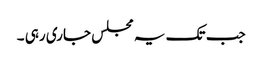
جب تک یہ مجلس جاری رہی ۔